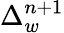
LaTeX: \Delta_{w}^{n+1}